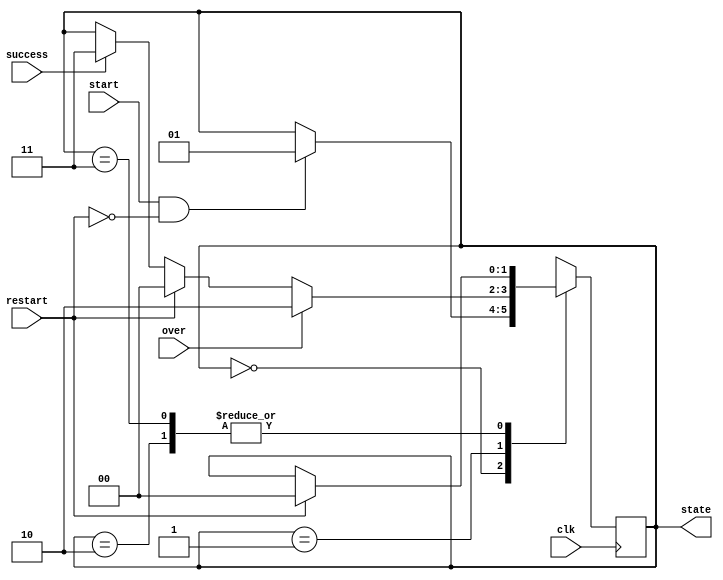
`timescale 1ns / 1ps

module state_fsm(
    input wire clk,
    input wire start,
    input wire restart,
    input wire over,
    input wire success,
    output reg [1:0] state
    );

    localparam GAME_INITIAL = 2'b00,
               GAME_RUNNING = 2'b01,
               GAME_OVER    = 2'b10,
               GAME_SUCCESS = 2'b11;

    reg [1:0] next_state;

    initial begin
        next_state = GAME_INITIAL;
    end

    always @ (posedge clk) begin
        state <= next_state;
    end

    always@ (*) begin
        next_state = state;
        case (state)
            GAME_INITIAL: begin
                if (start & ~restart)
                    next_state = GAME_RUNNING;
            end
            GAME_RUNNING: begin
                if (over) begin
                    next_state = GAME_OVER;
                end
                else if (restart) begin
                    next_state = GAME_INITIAL;
                end
                else if (success) begin
                    next_state = GAME_SUCCESS;
                end
            end
            GAME_OVER: begin
                if (restart) begin
                    next_state = GAME_INITIAL;
                end
            end
            GAME_SUCCESS: begin
                if(restart) begin
                    next_state = GAME_INITIAL;
                end
            end
        endcase
    end

endmodule